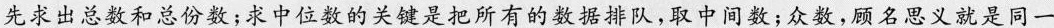
先求出总数和总份数；求中位数的关键是把所有的数据排队，取中间数；众数，顾名思义就是同一